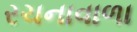
રચનાવાળા